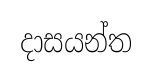
දාසයන්ත